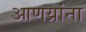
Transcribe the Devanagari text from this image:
आणय्रांना